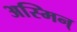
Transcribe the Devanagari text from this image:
अस्मिन्‌